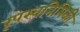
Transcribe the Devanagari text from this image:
रूपस्वनिमिकी